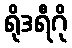
ရိုဒရီဂို